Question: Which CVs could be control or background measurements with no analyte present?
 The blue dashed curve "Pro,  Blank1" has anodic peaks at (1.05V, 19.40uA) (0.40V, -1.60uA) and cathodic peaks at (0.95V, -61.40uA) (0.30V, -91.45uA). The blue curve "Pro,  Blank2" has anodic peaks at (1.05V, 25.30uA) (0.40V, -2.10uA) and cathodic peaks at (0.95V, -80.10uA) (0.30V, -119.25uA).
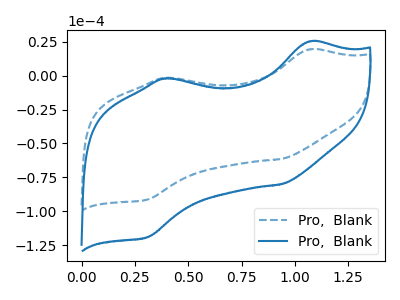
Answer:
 <answer>There are not any CV's on this graph that are likely to be blanks.</answer>
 <eval>none</eval>